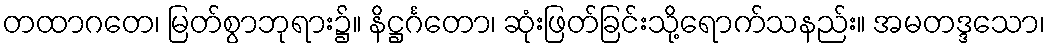
တထာဂတေ၊ မြတ်စွာဘုရား၌။ နိဋ္ဌင်္ဂတော၊ ဆုံးဖြတ်ခြင်းသို့ရောက်သနည်း။ အမတဒ္ဒသော၊